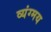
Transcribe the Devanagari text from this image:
व्यंग्मय